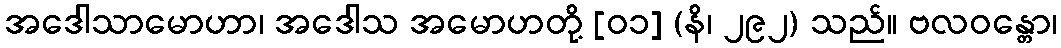
အဒေါသာမောဟာ၊ အဒေါသ အမောဟတို့ [၀၁] (နိ၊ ၂၉၂) သည်။ ဗလဝန္တော၊